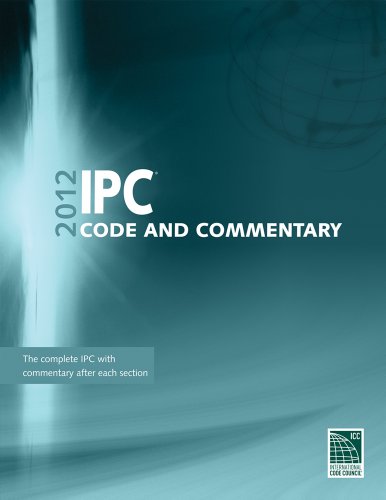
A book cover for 2012 International Plumbing Code Commentary (International Code Council Series); International Code Council; Law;